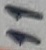
Text: 11